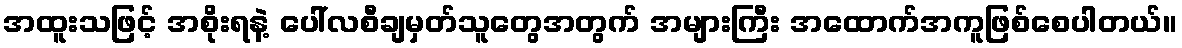
အထူးသဖြင့် အစိုးရနဲ့ ပေါ်လစီချမှတ်သူတွေအတွက် အများကြီး အထောက်အကူဖြစ်စေပါတယ်။